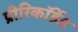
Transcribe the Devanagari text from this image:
प्रीरिकॉर्डेड